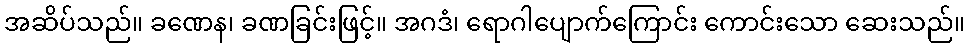
အဆိပ်သည်။ ခဏေန၊ ခဏခြင်းဖြင့်။ အဂဒံ၊ ရောဂါပျောက်ကြောင်း ကောင်းသော ဆေးသည်။